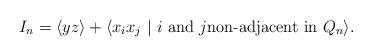
LaTeX: \begin{align*}I_n = \langle yz \rangle + \langle x_ix_j ~|~ \mbox{$i$ and $j$non-adjacent in $Q_n$} \rangle.\end{align*}